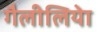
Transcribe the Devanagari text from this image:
गैलीलियेा